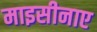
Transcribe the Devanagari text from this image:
माइसीनाए